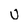
Character: u